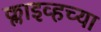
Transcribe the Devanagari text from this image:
क्लाइव्हच्या